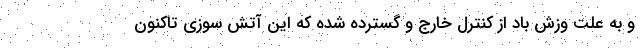
و به علت وزش باد از کنترل خارج و گسترده شده که این آتش سوزی تاکنون